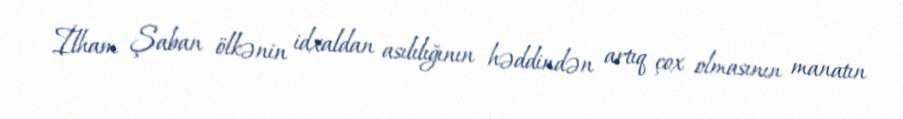
İlham Şaban ölkənin idxaldan asılılığının həddindən artıq çox olmasının manatın